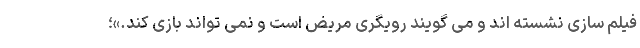
فیلم سازی نشسته اند و می گویند رویگری مریض است و نمی تواند بازی کند.»؛